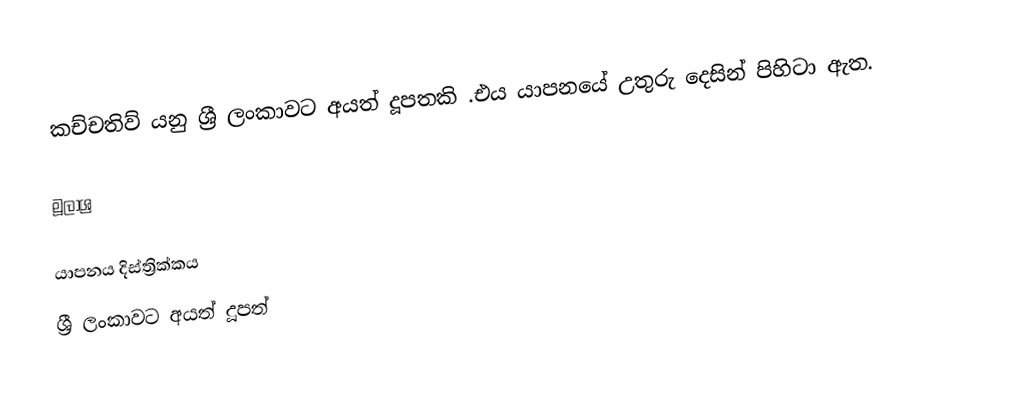
කච්චතිව් යනු ශ්‍රී ලංකාවට අයත් දූපතකි .එය යාපනයේ උතුරු දෙසින් පිහිටා ඇත.

මූලාශ්‍ර

යාපනය දිස්ත්‍රික්කය
ශ්‍රී ලංකාවට අයත් දූපත්